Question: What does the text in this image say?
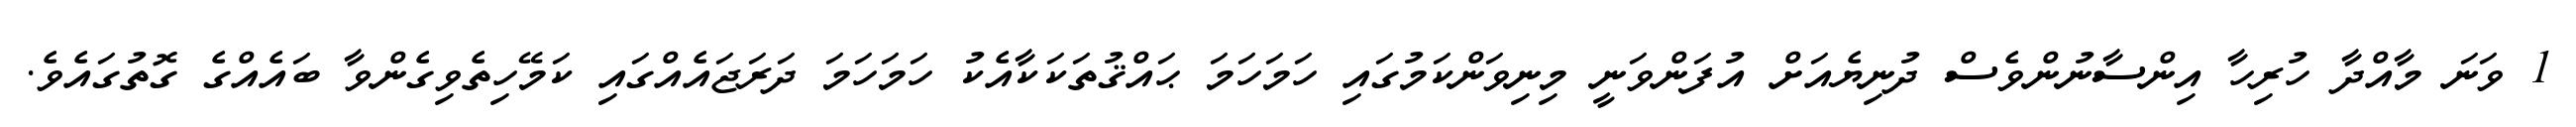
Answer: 1 ވަނަ މާއްދާ ހުރިހާ އިންސާނުންވެސް ދުނިޔެއަށް އުފަންވަނީ މިނިވަންކަމުގައި ހަމަހަމަ ޙައްޤުތަކަކާއެކު ހަމަހަމަ ދަރަޖައެއްގައި ކަމޭހިތެވިގެންވާ ބައެއްގެ ގޮތުގައެވެ.